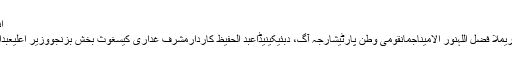
انوار ایوب راجہ کے کالم2018-01-15 کے کالم
ایگزٹ کنٹرول لسٹریاضسردار بہادر خانجیولریغداریملا فضل اللہنور الامیناجمانقومی وطن پارٹیشارجہ آگ، دبئیکینیڈاعبد الحفیظ کاردارمشرف غداری کیسغوث بخش بزنجووزیر اعلیٰعبدالحمید ڈوگرراجہ پرویز اشرفاحسن اقبالیورپی یونین